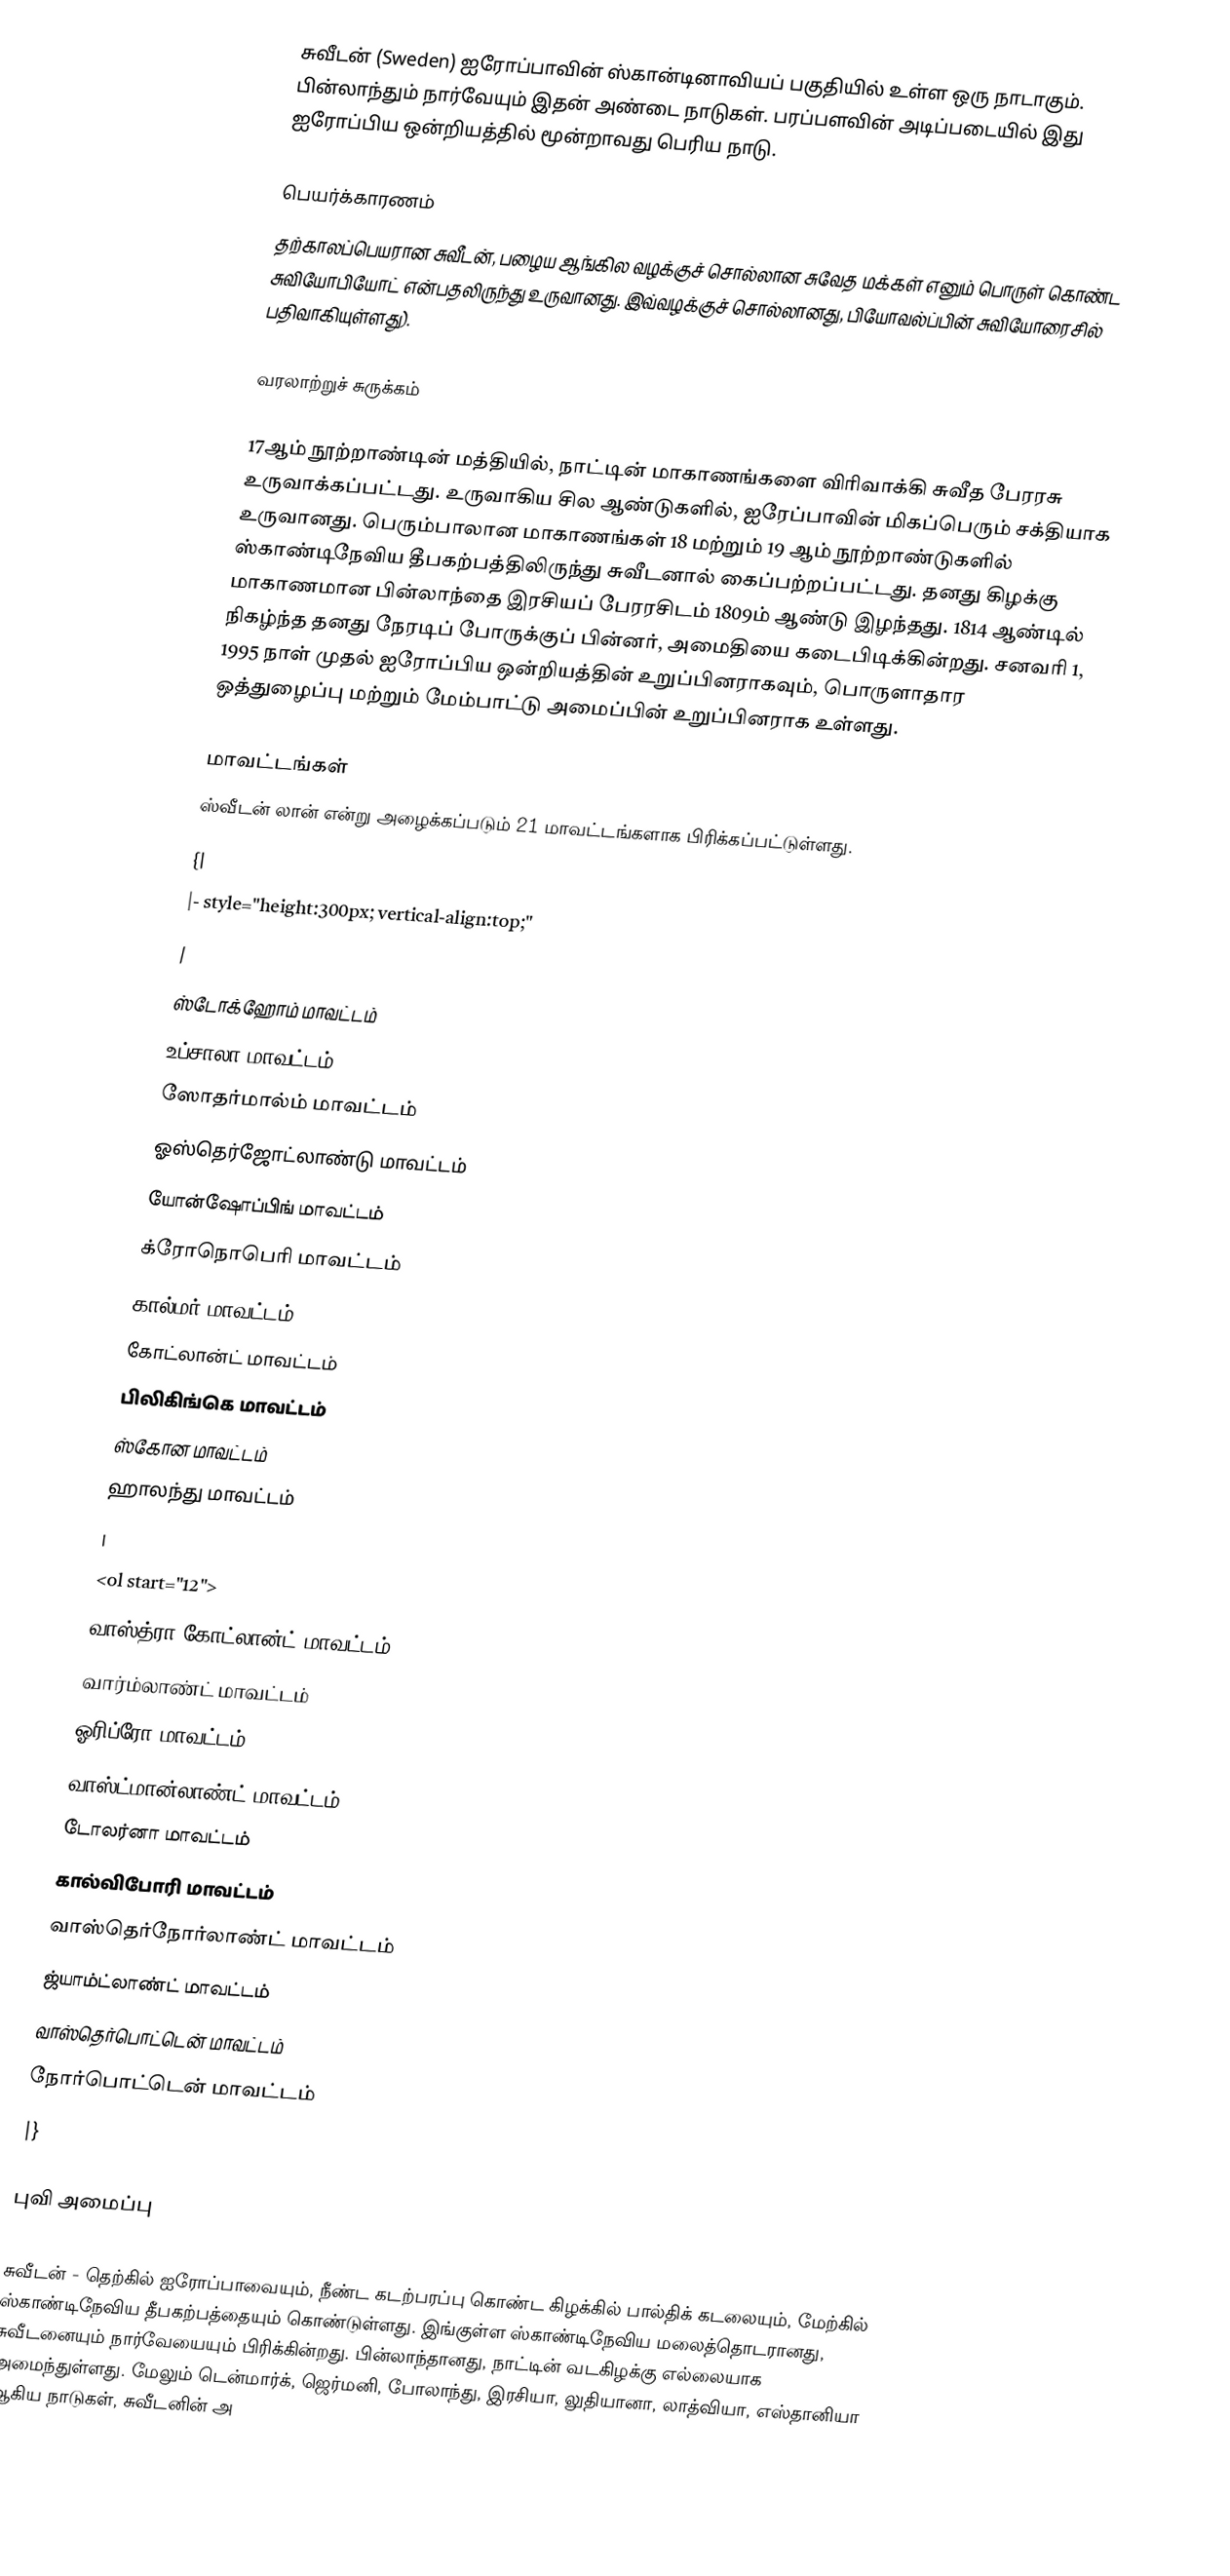
சுவீடன் (Sweden) ஐரோப்பாவின் ஸ்கான்டினாவியப் பகுதியில் உள்ள ஒரு நாடாகும். பின்லாந்தும் நார்வேயும் இதன் அண்டை நாடுகள். பரப்பளவின் அடிப்படையில் இது ஐரோப்பிய ஒன்றியத்தில் மூன்றாவது பெரிய நாடு.

பெயர்க்காரணம்
தற்காலப்பெயரான சுவீடன், பழைய ஆங்கில வழக்குச் சொல்லான சுவேத மக்கள் எனும் பொருள் கொண்ட சுவியோபியோட் என்பதலிருந்து உருவானது. இவ்வழக்குச் சொல்லானது, பியோவல்ப்பின் சுவியோரைசில் பதிவாகியுள்ளது).

வரலாற்றுச் சுருக்கம்

17ஆம் நூற்றாண்டின் மத்தியில், நாட்டின் மாகாணங்களை விரிவாக்கி சுவீத பேரரசு உருவாக்கப்பட்டது. உருவாகிய சில ஆண்டுகளில், ஐரேப்பாவின் மிகப்பெரும் சக்தியாக உருவானது. பெரும்பாலான மாகாணங்கள் 18 மற்றும் 19 ஆம் நூற்றாண்டுகளில் ஸ்காண்டிநேவிய தீபகற்பத்திலிருந்து சுவீடனால் கைப்பற்றப்பட்டது. தனது கிழக்கு மாகாணமான பின்லாந்தை இரசியப் பேரரசிடம் 1809ம் ஆண்டு இழந்தது. 1814 ஆண்டில் நிகழ்ந்த தனது நேரடிப் போருக்குப் பின்னர், அமைதியை கடைபிடிக்கின்றது. சனவரி 1, 1995 நாள் முதல் ஐரோப்பிய ஒன்றியத்தின் உறுப்பினராகவும், பொருளாதார ஒத்துழைப்பு மற்றும் மேம்பாட்டு அமைப்பின் உறுப்பினராக உள்ளது.

மாவட்டங்கள்
ஸ்வீடன் லான் என்று அழைக்கப்படும் 21 மாவட்டங்களாக பிரிக்கப்பட்டுள்ளது.
{|
|- style="height:300px; vertical-align:top;"
|
 ஸ்டோக்ஹோம் மாவட்டம்
 உப்சாலா மாவட்டம்
 ஸோதர்மால்ம் மாவட்டம்
 ஓஸ்தெர்ஜோட்லாண்டு மாவட்டம்
 யோன்ஷோப்பிங் மாவட்டம்
 க்ரோநொபெரி மாவட்டம்
 கால்மர் மாவட்டம்
 கோட்லான்ட் மாவட்டம்
 பிலிகிங்கெ மாவட்டம்
 ஸ்கோன மாவட்டம்
 ஹாலந்து மாவட்டம்
|
<ol start="12">
 வாஸ்த்ரா கோட்லான்ட் மாவட்டம்
 வார்ம்லாண்ட் மாவட்டம்
 ஓரிப்ரோ மாவட்டம்
 வாஸ்ட்மான்லாண்ட் மாவட்டம்
 டோலர்னா மாவட்டம்
 கால்விபோரி மாவட்டம்
 வாஸ்தெர்நோர்லாண்ட் மாவட்டம்
 ஜ்யாம்ட்லாண்ட் மாவட்டம்
 வாஸ்தெர்பொட்டென் மாவட்டம்
 நோர்பொட்டென் மாவட்டம்
|}

புவி அமைப்பு

சுவீடன் - தெற்கில் ஐரோப்பாவையும், நீண்ட கடற்பரப்பு கொண்ட கிழக்கில் பால்திக் கடலையும், மேற்கில் ஸ்காண்டிநேவிய தீபகற்பத்தையும் கொண்டுள்ளது. இங்குள்ள ஸ்காண்டிநேவிய மலைத்தொடரானது, சுவீடனையும் நார்வேயையும் பிரிக்கின்றது. பின்லாந்தானது, நாட்டின் வடகிழக்கு எல்லையாக அமைந்துள்ளது. மேலும் டென்மார்க், ஜெர்மனி, போலாந்து, இரசியா, லுதியானா, லாத்வியா, எஸ்தானியா ஆகிய நாடுகள், சுவீடனின் அ